Medical and sanitary report of the native army of Bengal for the year
Year: 1878
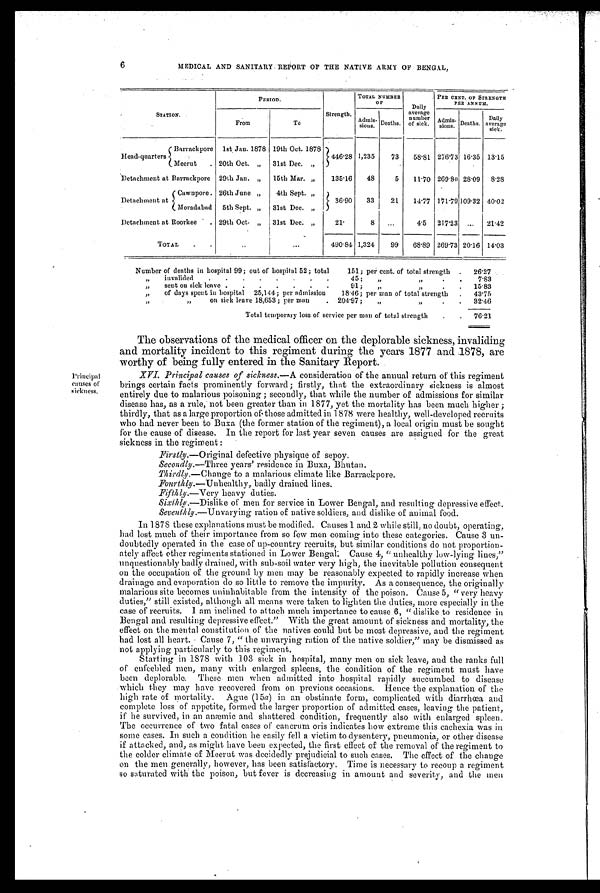
6 MEDICAL AND SANITARY REPORT OF THE NATIVE ARMY OF BENGAL,
STATION.
PERIOD.
Strength.
TOTAL NUER
OF
Daily
average
number
of sick.
PER CENT. OF STRENGTH
PER ANNUM.
From
To
Admis-
sions. Deaths.
Admis- sions. Deaths.
D a i l y
average
sick.
Head-quarters
Barrackpore 1st Jan. 1878 19th Oct. 1878
446.28 1,235
73
58.81 276.73 16.35 13.15
Meerut
20th Oct. „
31st Dec. „
Detachment at Barrackpore 29th Jan. „
15th Mar. „
135.16
48
5
11.70 269.80 28.09
8.28
Detachment at
Cawnpore 26th June „
4th Sept. „
36.90
33
21
14.77 171.79 109.32 40.02
Moradabad 5th Sept. „
31st Dec. „
Detachment at Roorkee
29th Oct.
31st Dec. „
21.
8
...
4.5
217.23 ...
21.42
TOTAL . .
..
...
490.84 1,324
99
68.89 269.73 20.16 14.03
Number of deaths in hospital 99; out of hospital 52; total
151; per cent. of total strength .
26.27
,,
invalided
.
.
.
.
.
.
.
.
45;
„ „
.
.
7.83
„
sent on sick leave .
.
.
.
.
.
.
91;
„ „
.
.
15.83
„ of days spent in hospital 25,144; per admission
18.46; per man of total strength
.
43.75
„ „ on sick leave 18,653; per man
204.97;
„
„.
.
32.46
Total temporary loss of service per man of total strength
.
.
76.21
Principal
causes of
sickness.
The observations of the medical officer on the deplorable sickness, invaliding
and mortality incident to this regiment during the years 1877 and 1878, are
worthy of being fully entered in the Sanitary Report.
XVI. Principal causes of sickness. —A consideration of the annual return of this regiment
brings certain facts prominently forward; firstly, that the extraordinary sickness is almost
entirely due to malarious poisoning; secondly, that while the number of admissions for similar
disease has, as a rule, not been greater than in 1877, yet the mortality has been much higher;
thirdly, that as a large proportion of those admitted in 1878 were healthy, well-developed recruits
who had never been to Buxa (the former station of the regiment), a local origin must be sought
for the cause of disease. In the report for last year seven causes are assigned for the great
sickness in the regiment:
Firstly. —Original defective physique of sepoy.
Secondly. —Three years' residence in Buxa, Bhutan.
Thirdly. —Change to a malarious climate like Barrackpore.
Fourthly. —Unhealthy, badly drained lines.
F i f t h l y .—Very heavy duties.
Sixthly.—Dislike of men for service in Lower Bengal, and resulting depressive effect.
Seventhly.—Unvarying ration of native soldiers, and dislike of animal food.
In 1878 these explanations must be modified. Causes 1 and 2 while still, no doubt, operating,
had lost much of their importance from so few men coming into these categories. Cause 3 un-
doubtedly operated in the case of up-country recruits, but similar conditions do not proportion-
ately affect other regiments stationed in Lower Bengal: Cause 4, "unhealthy low-lying lines,"
unquestionably badly drained, with sub-soil water very high, the inevitable pollution consequent
on the occupation of the ground by men may be reasonably expected to rapidly increase when
drainage and evaporation do so little to remove the impurity. As a consequence, the originally
malarious site becomes uninhabitable from the intensity of the poison. Cause 5, "very heavy
duties," still existed, although all means were taken to lighten the duties, more especially in the
case of recruits. I am inclined to attach much importance to cause 6, "dislike to residence in
Bengal and resulting depressive effect." With the great amount of sickness and mortality, the
effect on the mental constitution of the natives could but be most depressive, and the regiment
had lost all heart. Cause 7, "the unvarying ration of the native soldier," may be dismissed as
not applying particularly to this regiment.
Starting in 1878 with 103 sick in hospital, many men on sick leave, and the ranks full
of enfeebled men, many with enlarged spleens, the condition of the regiment must have
been deplorable. These men when admitted into hospital rapidly succumbed to disease
which they may have recovered from on previous occasions. Hence the explanation of the
high rate of mortality. Ague (15 a ) in an obstinate form, complicated with diarrhœa and
complete loss of appetite, formed the larger proportion of admitted cases, leaving the patient,
if he survived, in an anæmic and shattered condition, frequently also with enlarged spleen.
The occurrence of two fatal cases of cancrum oris indicates how extreme this cachexia was in
some cases. In such a condition he easily fell a victim to dysentery, pneumonia, or other disease
if attacked, and, as might have been expected, the first effect of the removal of the regiment to
the colder climate of Meerut was decidedly prejudicial to such cases. The effect of the change
on the men generally, however, has been satisfactory. Time is necessary to recoup a regiment
so saturated with the poison, but fever is decreasing in amount and severity, and the men